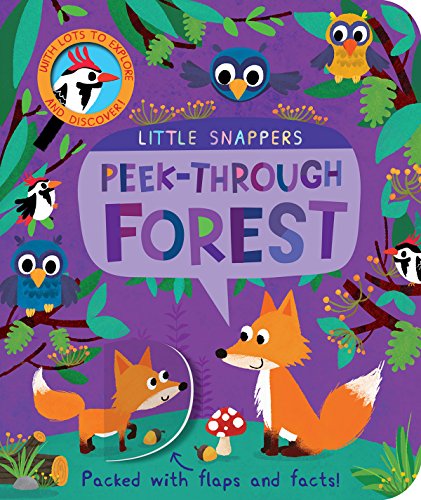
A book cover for Peek-Through Forest (Little Snappers); Jonathan Litton; Children's Books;